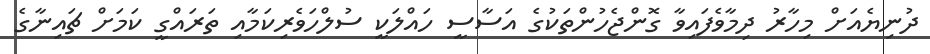
ދުނިޔެއަށް މިހާރު ދިމާވެފައިވާ ގޮންޖެހުންތަކުގެ އަސާސީ ހައްލަކީ ސުލްހަވެރިކަމާއި ތަރައްގީ ކަމަށް ޗައިނާގެ